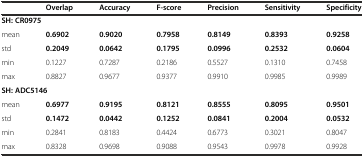
<table><thead><tr><td></td><td><b>Overlap</b></td><td><b>Accuracy</b></td><td><b>F-score</b></td><td><b>Precision</b></td><td><b>Sensitivity</b></td><td><b>Specificity</b></td></tr></thead><tbody><tr><td colspan="7"><b>SH: CR0975</b></td></tr><tr><td>mean</td><td><b>0.6902</b></td><td><b>0.9020</b></td><td><b>0.7958</b></td><td><b>0.8149</b></td><td><b>0.8393</b></td><td><b>0.9258</b></td></tr><tr><td>std</td><td><b>0.2049</b></td><td><b>0.0642</b></td><td><b>0.1795</b></td><td><b>0.0996</b></td><td><b>0.2532</b></td><td><b>0.0604</b></td></tr><tr><td>min</td><td>0.1227</td><td>0.7287</td><td>0.2186</td><td>0.5527</td><td>0.1310</td><td>0.7458</td></tr><tr><td>max</td><td>0.8827</td><td>0.9677</td><td>0.9377</td><td>0.9910</td><td>0.9985</td><td>0.9989</td></tr><tr><td colspan="7"><b>SH: ADC5146</b></td></tr><tr><td>mean</td><td><b>0.6977</b></td><td><b>0.9195</b></td><td><b>0.8121</b></td><td><b>0.8555</b></td><td><b>0.8095</b></td><td><b>0.9501</b></td></tr><tr><td>std</td><td><b>0.1472</b></td><td><b>0.0442</b></td><td><b>0.1252</b></td><td><b>0.0841</b></td><td><b>0.2004</b></td><td><b>0.0532</b></td></tr><tr><td>min</td><td>0.2841</td><td>0.8183</td><td>0.4424</td><td>0.6773</td><td>0.3021</td><td>0.8047</td></tr><tr><td>max</td><td>0.8328</td><td>0.9698</td><td>0.9088</td><td>0.9543</td><td>0.9978</td><td>0.9928</td></tr></tbody></table>